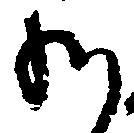
給